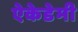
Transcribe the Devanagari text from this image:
ऐकेडेमी